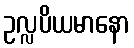
ဥလ္လပိယမာနော